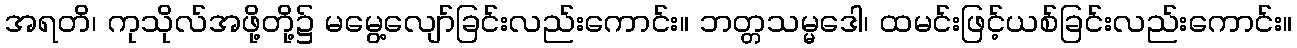
အရတိ၊ ကုသိုလ်အဖို့တို့၌ မမွေ့လျော်ခြင်းလည်းကောင်း။ ဘတ္တသမ္မဒေါ၊ ထမင်းဖြင့်ယစ်ခြင်းလည်းကောင်း။